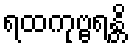
ရထကုဗ္ဗရန္တိ